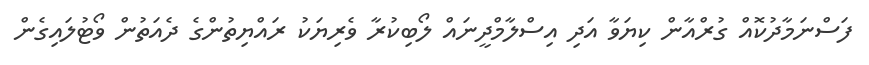
ފަސްނަމާދުކޮއް ގުރްއާން ކިޔަވާ އަދި އިސްލާމްދީނައް ލޯބިކުރާ ވެރިޔަކު ރައްޔިތުންގެ ދެއަތުން ވޯޓުލައިގެން